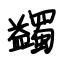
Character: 蠲